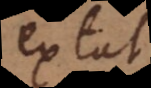
extat